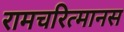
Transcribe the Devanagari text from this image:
रामचरित्मानस